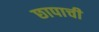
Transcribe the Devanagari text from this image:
छापाची